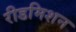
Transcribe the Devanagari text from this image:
रीडमिशन